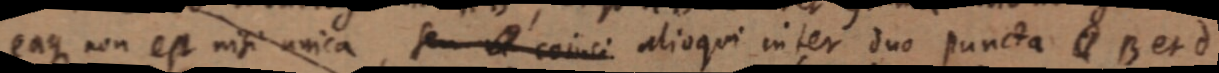
eaque non est nisi unica, seu _ coinci alioqui inter duo puncta _ B et d